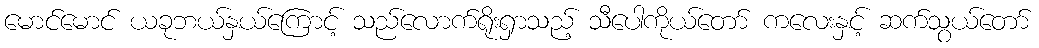
မောင်မောင် ယခုဘယ်နှယ်ကြောင့် သည်လောက်ရိုးရှာသည့် သီပေါကိုယ်တော် ကလေးနှင့် ဆက်သွယ်တော်